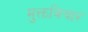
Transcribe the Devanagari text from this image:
मुक्तविचार